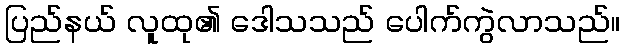
ပြည်နယ် လူထု၏ ဒေါသသည် ပေါက်ကွဲလာသည်။